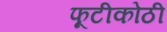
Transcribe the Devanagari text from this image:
फूटीकोठी